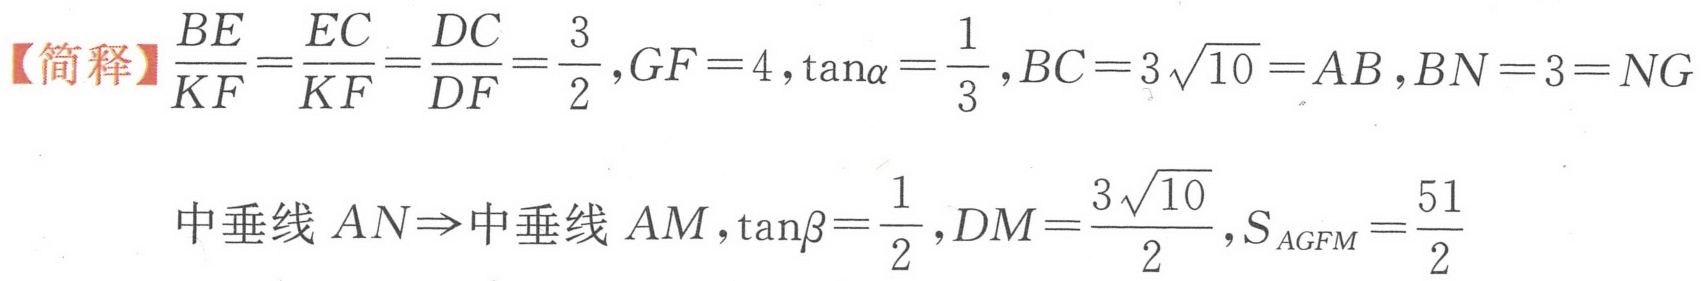
【简释】\(\frac{BE}{KF}=\frac{EC}{KF}=\frac{DC}{DF}=\frac{3}{2},GF = 4,\tan\alpha=\frac{1}{3},BC = 3\sqrt{10}=AB,BN = 3=NG\)
中垂线 \(AN\Rightarrow\)中垂线 \(AM,\tan\beta=\frac{1}{2},DM=\frac{3\sqrt{10}}{2},S_{AGFM}=\frac{51}{2}\)